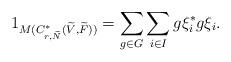
LaTeX: \begin{align*}1_{M(C^*_{r,\widetilde{N}}(\widetilde{V},\widetilde{F}))} = \sum_{g\in G}^{} \sum_{i\in I}^{}g\xi^*_i g\xi_i.\end{align*}